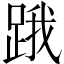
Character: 𨁟